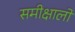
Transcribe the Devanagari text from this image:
समीक्षालों